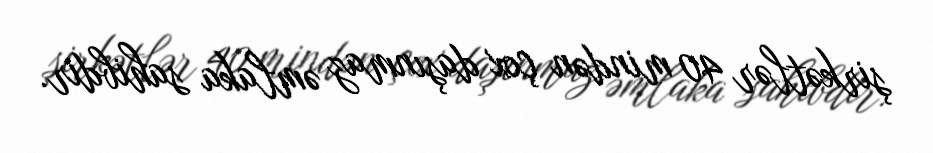
şirkətlər 40 mindən çox daşınmaz əmlaka sahibdir.